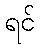
ရင်